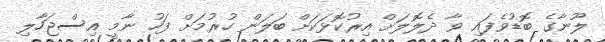
ލޫނާގެ ބޮޑުވެފައި ވާ ދެލޮލަށް އިރުކޮޅަކަށް ބަލަން ހުރުމަށް ފަހު ނާމީ އިސްޖަހާލި